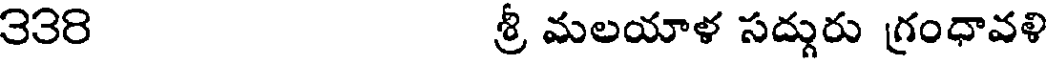
3౩8 శ్రీ మలయాళ సద్గురు గ్రంధావళి